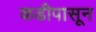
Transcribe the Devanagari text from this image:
कडीपासून